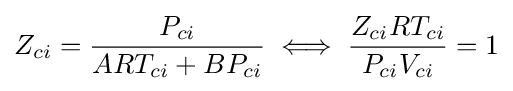
Z_{ci}={\frac {P_{ci}}{ART_{ci}+BP_{ci}}}\iff {\frac {Z_{ci}RT_{ci}}{P_{ci}V_{ci}}}=1